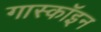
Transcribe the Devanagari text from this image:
गास्कॉइन